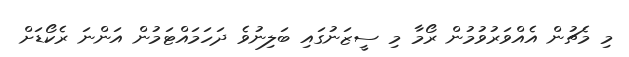
މި މެޗުން އެއްވަރުވުމުން ރޯމާ މި ސީޒަނުގައި ބަލިނުވެ ދަހަމައްޓަމުން އަންނަ ރެކޯޑަށް